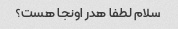
سلام لطفا هدر اونجا هست؟